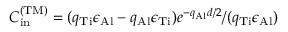
{ \cal C } _ { \mathrm { i n } } ^ { \mathrm { ( T M ) } } = ( q _ { \mathrm { T i } } \epsilon _ { \mathrm { A l } } - q _ { \mathrm { A l } } \epsilon _ { \mathrm { T i } } ) e ^ { - q _ { \mathrm { A l } } d / 2 } / ( q _ { \mathrm { T i } } \epsilon _ { \mathrm { A l } } )